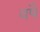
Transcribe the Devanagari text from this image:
वर्षै